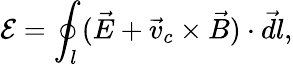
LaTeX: \mathcal E=\oint_{l}(\vec{E}+\vec{v}_{c}\times\vec{B})\cdot\vec{dl},